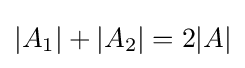
|A_{1}|+|A_{2}|=2|A|